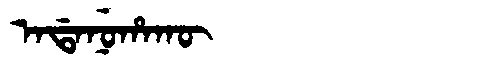
Manchu: ᠠᡩᠠᠨᡠᡥᠠᡴᡡ
Romanization: ADANUHAKŪ